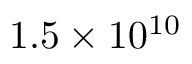
1 . 5 \times 1 0 ^ { 1 0 }